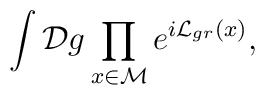
\int {\cal D}g \prod_{x\in\cal M} e^{i{\cal L}_{gr}(x)},